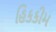
હિકકીમ